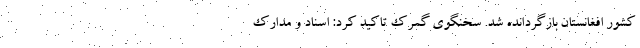
کشور افغانستان بازگردانده شد. سخنگوی گمرک تاکید کرد: اسناد و مدارک